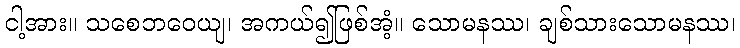
ငါ့အား။ သစေဘဝေယျ၊ အကယ်၍ဖြစ်အံ့။ သောမနဿ၊ ချစ်သားသောမနဿ၊